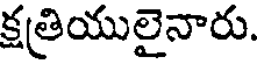
క్షత్రియులైనారు.